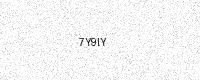
Text: 7Y9IY